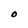
Character: O